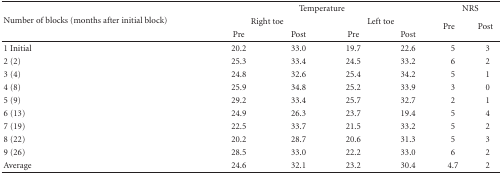
<table><thead><tr><td rowspan="3"><b>Number of blocks (months after initial block)</b></td><td colspan="4"><b>Temperature</b></td><td colspan="2"><b>NRS</b></td></tr><tr><td colspan="2"><b>Right toe</b></td><td colspan="2"><b>Left toe</b></td><td rowspan="2"><b>Pre</b></td><td rowspan="2"><b>Post</b></td></tr><tr><td><b>Pre</b></td><td><b>Post</b></td><td><b>Pre</b></td><td><b>Post</b></td></tr></thead><tbody><tr><td>1 Initial</td><td>20.2</td><td>33.0</td><td>19.7</td><td>22.6</td><td>5</td><td>3</td></tr><tr><td>2 (2)</td><td>25.3</td><td>33.4</td><td>24.5</td><td>33.2</td><td>6</td><td>2</td></tr><tr><td>3 (4)</td><td>24.8</td><td>32.6</td><td>25.4</td><td>34.2</td><td>5</td><td>1</td></tr><tr><td>4 (8)</td><td>25.9</td><td>34.8</td><td>25.2</td><td>33.9</td><td>3</td><td>0</td></tr><tr><td>5 (9)</td><td>29.2</td><td>33.4</td><td>25.7</td><td>32.7</td><td>2</td><td>1</td></tr><tr><td>6 (13)</td><td>24.9</td><td>26.3</td><td>23.7</td><td>19.4</td><td>5</td><td>4</td></tr><tr><td>7 (19)</td><td>22.5</td><td>33.7</td><td>21.5</td><td>33.2</td><td>5</td><td>2</td></tr><tr><td>8 (22)</td><td>20.2</td><td>28.7</td><td>20.6</td><td>31.3</td><td>5</td><td>3</td></tr><tr><td>9 (26)</td><td>28.5</td><td>33.0</td><td>22.2</td><td>33.0</td><td>6</td><td>2</td></tr><tr><td>Average</td><td>24.6</td><td>32.1</td><td>23.2</td><td>30.4</td><td>4.7</td><td>2</td></tr></tbody></table>